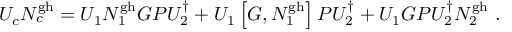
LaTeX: U _ { c } N _ { c } ^ { \mathrm { g h } } = U _ { 1 } N _ { 1 } ^ { \mathrm { g h } } G P U _ { 2 } ^ { \dagger } + U _ { 1 } \left[ G , N _ { 1 } ^ { \mathrm { g h } } \right] P U _ { 2 } ^ { \dagger } + U _ { 1 } G P U _ { 2 } ^ { \dagger } N _ { 2 } ^ { \mathrm { g h } } \ .